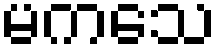
မကသေ